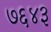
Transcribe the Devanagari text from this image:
७६४३